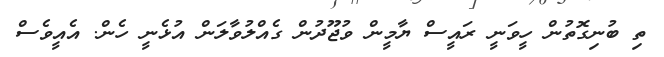
ތި ބުނިގޮތުން ހީވަނީ ރައީސް ޔާމީން ވުޖޫދުން ގެއްލުވާލަން އުޅެނީ ހެން. އެއީވެސް